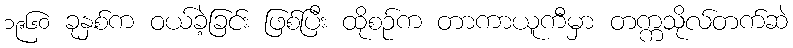
၁၉၆၀ ခုနှစ်က ဝယ်ခဲ့ခြင်း ဖြစ်ပြီး ထိုစဉ်က တာကာယူကီမှာ တက္ကသိုလ်တက်ဆဲ